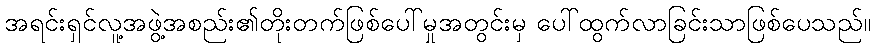
အရင်းရှင်လူ့အဖွဲ့အစည်း၏တိုးတက်ဖြစ်ပေါ်မှုအတွင်းမှ ပေါ်ထွက်လာခြင်းသာဖြစ်ပေသည်။